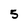
Character: 5